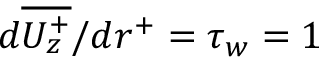
d \overline { { U _ { z } ^ { + } } } / { d r ^ { + } } = \tau _ { w } = 1